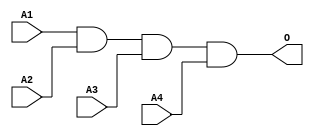
module JAND4B(A1, A2, A3, A4, O);
input   A1;
input   A2;
input   A3;
input   A4;
output  O;
and g0(O, A1, A2, A3, A4);
endmodule